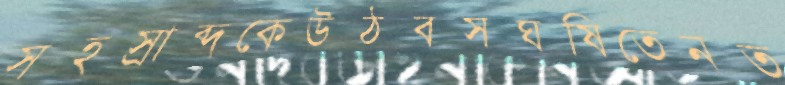
সহস্রাব্দকেউঠবসঘষিতেনত